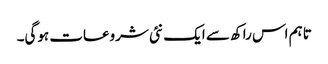
تاہم اس راکھ سے ایک نئی شروعات ہوگی۔